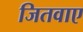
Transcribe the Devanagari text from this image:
जितवाए